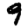
Digit: 9